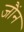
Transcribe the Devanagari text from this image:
जौंन